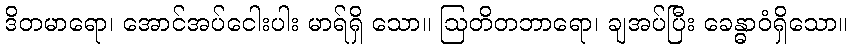
ဒိတမာရော၊ အောင်အပ်ငေါးပါး မာရ်ရှိ သော။ ဩတိတဘာရော၊ ချအပ်ပြီး ခေန္ဓာဝံရှိသော။